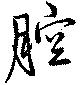
腔